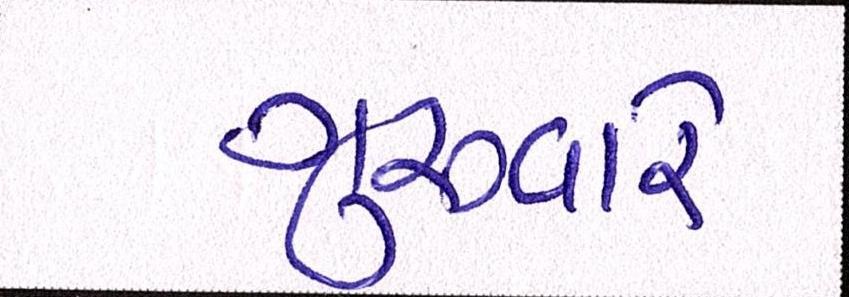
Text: ગુરુવારે